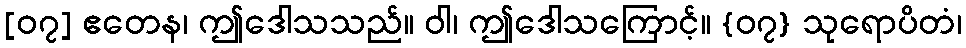
[၀၇] ဧတေန၊ ဤဒေါသသည်။ ဝါ၊ ဤဒေါသကြောင့်။ {၀၇} သုရောပိတံ၊